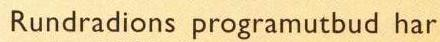
Rundradions programutbud har